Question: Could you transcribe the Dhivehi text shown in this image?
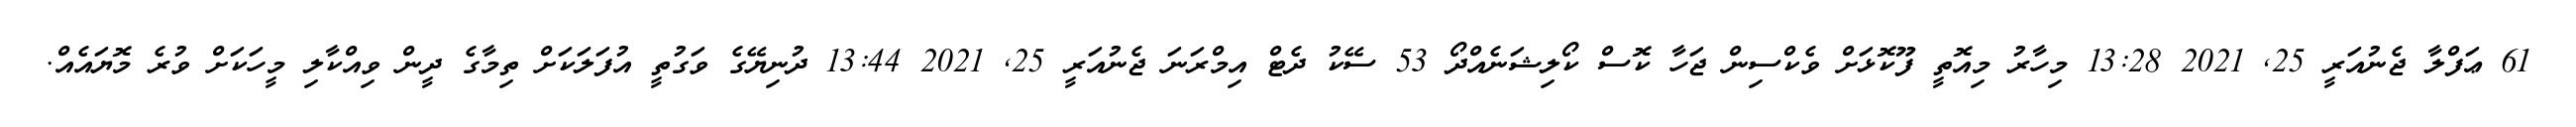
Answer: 61 ޢަފްލާ ޖެނުއަރީ 25, 2021 13:28 މިހާރު މިއޮތީ ފޫކޮޅަށް ވެކްސިން ޖަހާ ކޮސް ކޯލިޝަނެއްދޯ 53 ސޭކު ދެޓް އިމްރަނަ ޖެނުއަރީ 25, 2021 13:44 ދުނިޔޭގެ ވަގުތީ އުފަލަކަށް ތިމާގެ ދީން ވިއްކާލި މީހަކަށް ވުރެ މޮޔައެއް.